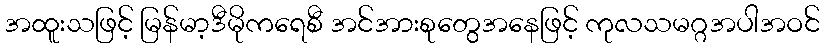
အထူးသဖြင့် မြန်မာ့ဒီမိုကရေစီ အင်အားစုတွေအနေဖြင့် ကုလသမဂ္ဂအပါအဝင်